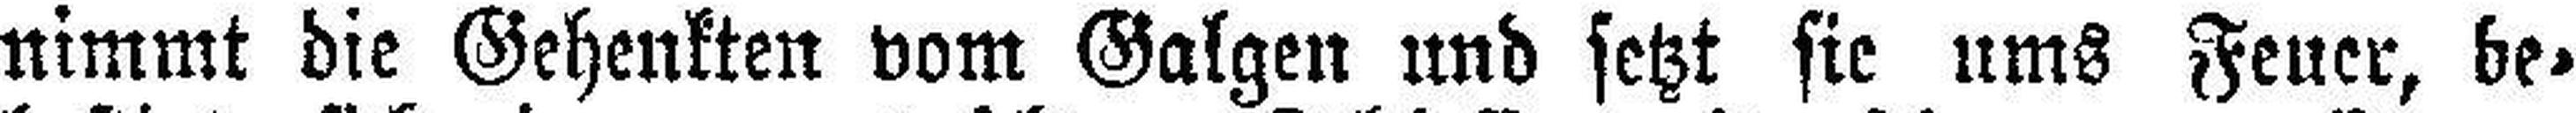
nimmt die Gehenkten vom Galgen und setzt sie ums Feuer, be¬